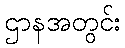
ဌာနအတွင်း